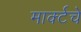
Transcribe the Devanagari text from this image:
मार्क्टचे